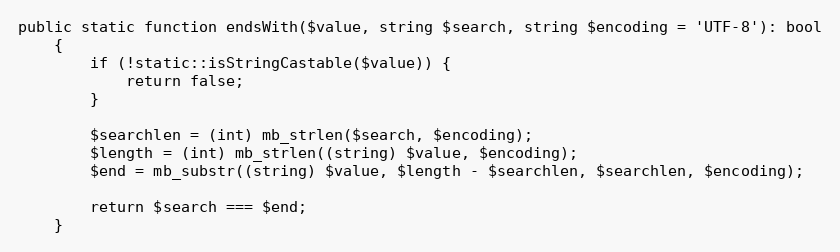
Language: PHP
public static function endsWith($value, string $search, string $encoding = 'UTF-8'): bool
    {
        if (!static::isStringCastable($value)) {
            return false;
        }

        $searchlen = (int) mb_strlen($search, $encoding);
        $length = (int) mb_strlen((string) $value, $encoding);
        $end = mb_substr((string) $value, $length - $searchlen, $searchlen, $encoding);

        return $search === $end;
    }